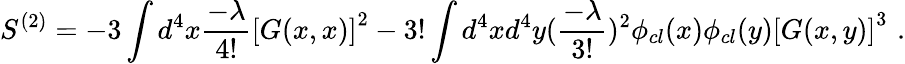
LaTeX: S^{(2)}=-3\int d^{4}x{\frac{-\lambda}{4!}}\left[G(x,x)\right]^{2}-3!\int d^{4}xd^{4}y({\frac{-\lambda}{3!}})^{2}\phi_{cl}(x)\phi_{cl}(y)\left[G(x,y)\right]^{3}\, \, .